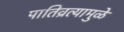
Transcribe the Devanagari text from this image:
पातिव्रत्यामुळे